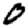
Digit: 0